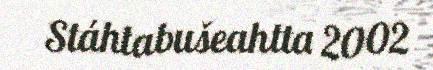
Stáhtabušeahtta 2002